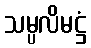
သမ္ပလိမဋ္ဌံ